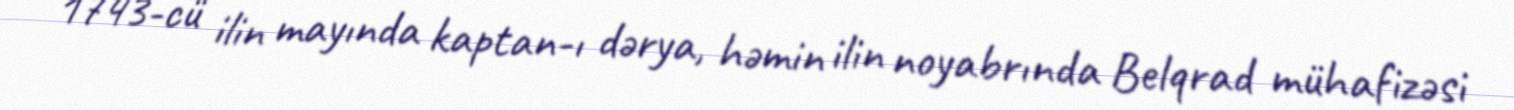
1743-cü ilin mayında kaptan-ı dərya, həmin ilin noyabrında Belqrad mühafizəsi